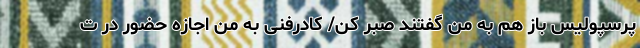
پرسپولیس باز هم به من گفتند صبر کن/ کادرفنی به من اجازه حضور در ت